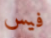
فيس